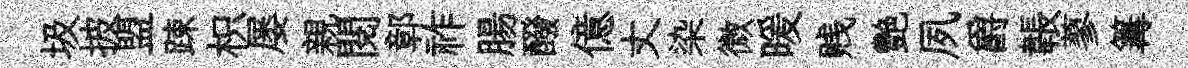
圾披盟踈枳屡親閱鄣祚腸醱億丈染微暖贱艷夙爵韔蓼篝